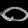
Digit: ၀